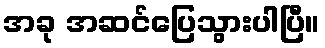
အခု အဆင်ပြေသွားပါပြီ။